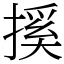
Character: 㨙